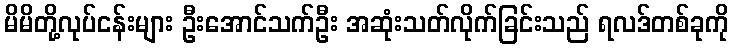
မိမိတို့လုပ်ငန်းများ ဦးအောင်သက်ဦး အဆုံးသတ်လိုက်ခြင်းသည် ရလဒ်တစ်ခုကို